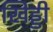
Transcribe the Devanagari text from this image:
खिड्डी